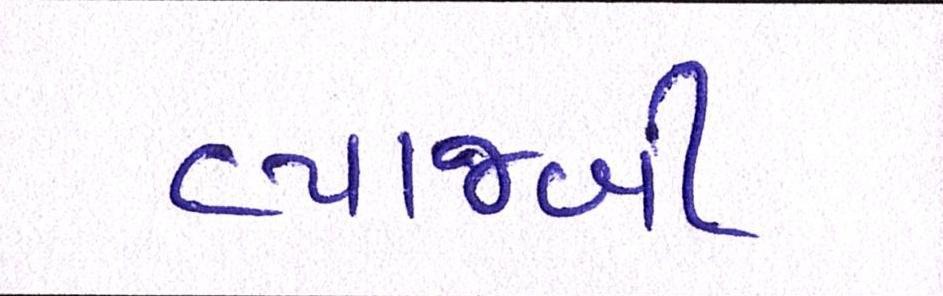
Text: વ્યાજબી